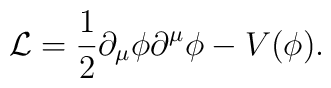
{\cal L}=\frac 12\partial _\mu \phi \partial ^\mu \phi -V(\phi).